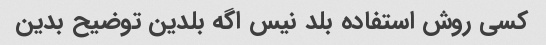
کسی روش استفاد‌ه بلد نیس اگه بلدین توضیح بدین